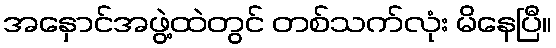
အနှောင်အဖွဲ့ထဲတွင် တစ်သက်လုံး မိနေပြီ။